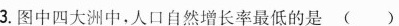
3.图中四大洲中，人口自然增长率最低的是()